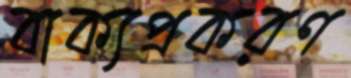
বাক্যপ্রকরণ